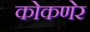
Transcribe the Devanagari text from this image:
कोकणेर